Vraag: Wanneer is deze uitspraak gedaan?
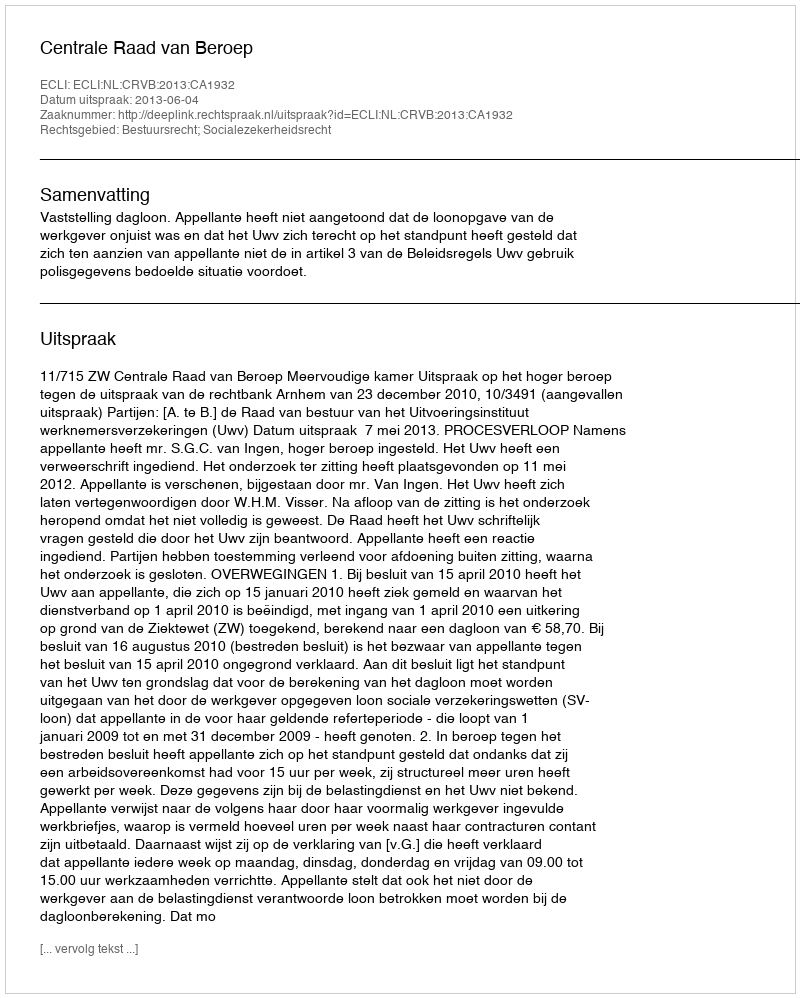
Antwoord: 2013-06-04